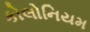
કોલોનિયમ